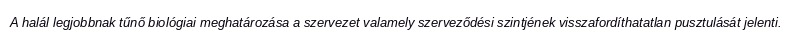
A halál legjobbnak tűnő biológiai meghatározása a szervezet valamely szerveződési szintjének visszafordíthatatlan pusztulását jelenti.